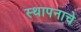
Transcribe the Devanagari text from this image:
स्थापनाचे